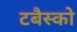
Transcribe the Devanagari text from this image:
टबैस्को